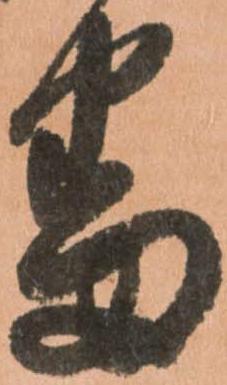
番